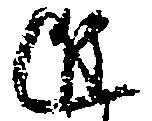
進